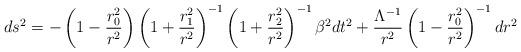
LaTeX: \begin{align*}ds^2=-\left(1-\frac{r_0^2}{r^2}\right)\left(1+\frac{r_1^2}{r^2}\right)^{-1} \left(1+\frac{r_2^2}{r^2} \right)^{-1}\beta^2 dt^2+\frac{\Lambda^{-1}}{r^2}\left(1-\frac{r_0^2}{r^2}\right)^{-1}dr^2\end{align*}